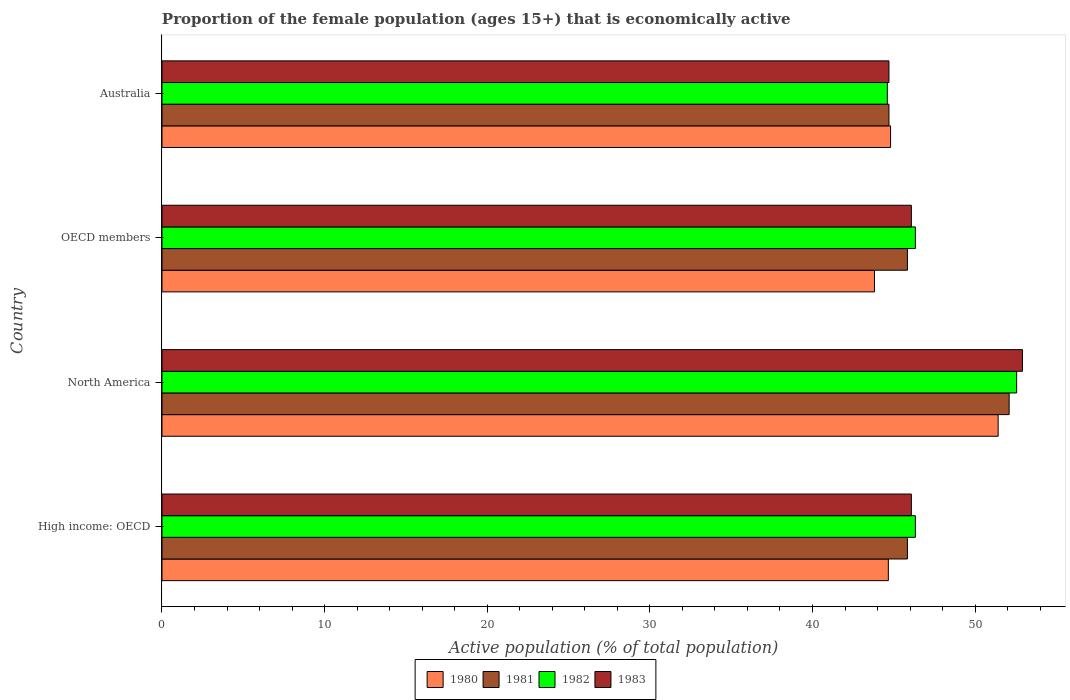
| Country | 1980 | 1981 | 1982 | 1983 |
 | --- | --- | --- | --- | --- |
 | High income: OECD | 44.7 | 45.8 | 46.3 | 46.1 |
 | North America | 51.4 | 52.1 | 52.6 | 52.9 |
 | OECD members | 43.8 | 45.8 | 46.3 | 46.1 |
 | Australia | 44.8 | 44.7 | 44.6 | 44.7 |